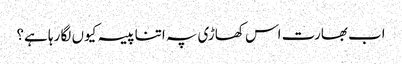
اب بھارت اس کھاڑی پہ اتنا پیسہ کیوں لگا رہا ہے؟